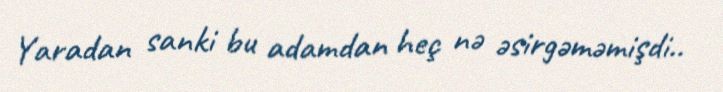
Yaradan sanki bu adamdan heç nə əsirgəməmişdi..